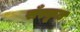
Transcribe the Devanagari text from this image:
सँस्कृत